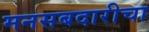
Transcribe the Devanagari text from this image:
मनसबदारीचा